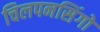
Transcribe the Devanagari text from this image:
चिलपनसिंगो